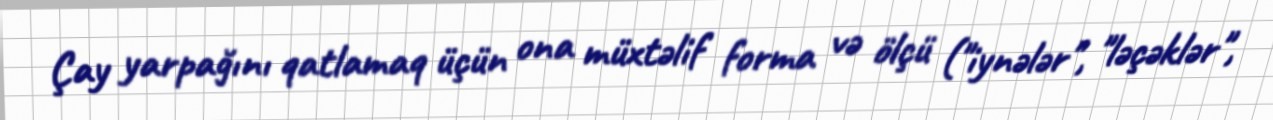
Çay yarpağını qatlamaq üçün ona müxtəlif forma və ölçü ("iynələr", "ləçəklər",